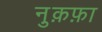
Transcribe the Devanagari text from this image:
नु़क़फ़ा